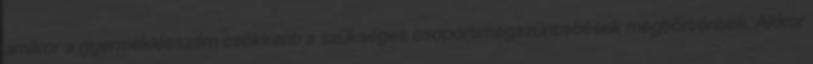
amikor a gyermeklétszám csökkent a szükséges csoportmegszüntetések megtörténtek. Akkor